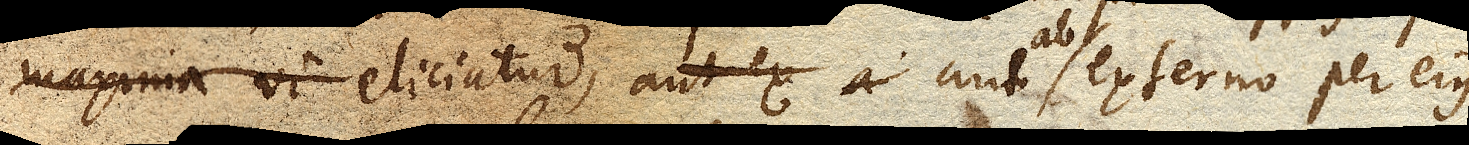
maxima vi eliciatur, aut ab externo per ejus